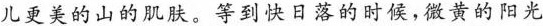
儿更美的山的肌肤。等到快日落的时候，微黄的阳光